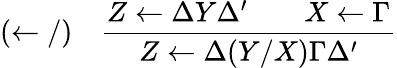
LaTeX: (\leftarrow/)\quad{\frac{Z\leftarrow\Delta Y\Delta^{\prime}\qquad X\leftarrow\Gamma}{Z\leftarrow\Delta(Y/X)\Gamma\Delta^{\prime}}}